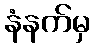
နံနက်မှ